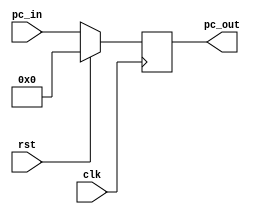
`timescale 1ns / 1ps

//////////////////////////////////////////////////////////////////////////////////
// Assignment Number: 7 [KGP-RISC]
// Module: Program Counter
// Semester Number: 5
// Group Number: G1
// Group Members: Animesh Jha (19CS10070) and Nisarg Upadhyaya (19CS30031)
//////////////////////////////////////////////////////////////////////////////////

module program_counter(
    input [31:0] pc_in,
    input clk,
    input rst,
    output reg [31:0] pc_out
    );

    always @(posedge clk) begin
        if(rst) begin
            pc_out <= 0;
        end else begin
            pc_out <= pc_in;
        end
    end

endmodule